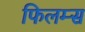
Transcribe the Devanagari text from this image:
फिलम्स